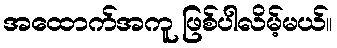
အထောက်အကူ ဖြစ်ပါလိမ့်မယ်။